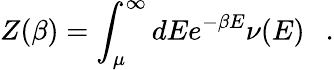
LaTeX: Z(\beta)=\int_{\mu}^{\infty}dEe^{-\beta E}\nu(E)~~~.